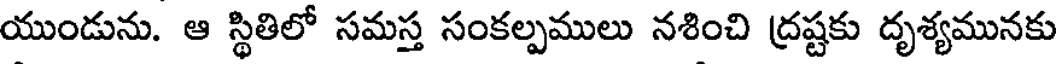
యుండును. ఆ స్థితిలో సమస్త సంకల్పములు నశించి ద్రష్టకు దృశ్యమునకు